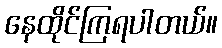
နေထိုင်ကြရပါတယ်။